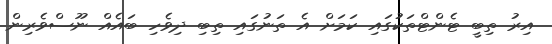
އިރު ތިބީ ޓެންޓްތަކުގައި ކަމަށް އެ ތަނުގައި ތިބި ދިވެހި ބައެއް ނޫސްވެރިން